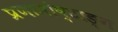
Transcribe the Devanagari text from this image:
प्रणामोष्टाङ्ग